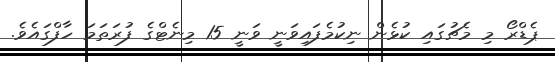
ޕެޑްރޯ މި މެޗުގައި ކުޅެން ނިކުމެފައިވަނީ ވަނީ 15 މިނެޓްގެ ފުރަތަމަ ހާފްގައެވެ.